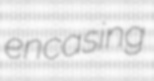
encasing